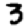
Digit: 3